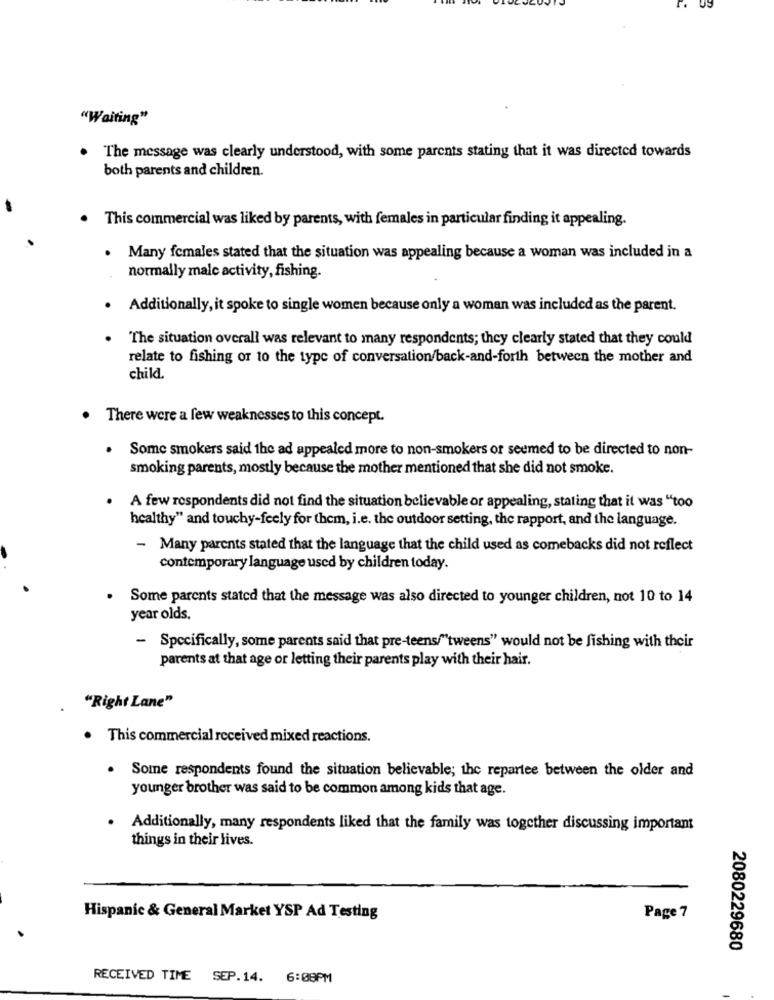
"Waiting"
The message was clearly understood, with some parents stating that it was directed towards
both parents and children.
This commercial was liked by parents, with females in particular finding it appealing.
. Many females stated that the situation was appealing because a woman was included in a
normally male activity, fishing.
. Additionally, it spoke to single women because only a woman was included as the parent.
"The situation overall was relevant to many respondents; they clearly stated that they could
relate to fishing or to the type of conversation/back-and-forth between the mother and
child.
There were a few weaknesses to this concept.
Some smokers said the ad appealed more to non-smokers or seemed to be directed to non-
smoking parents, mostly because the mother mentioned that she did not smoke.
A few respondents did not find the situation believable or appealing, stating that it was "too
healthy" and touchy-feely for them, i.e. the outdoor setting, the rapport, and the language.
- Many parents stated that the language that the child used as comebacks did not reflect
contemporary language used by children today.
Some parents stated that the message was also directed to younger children, not 10 to 14
year olds.
- Specifically, some parents said that pre-teens/"tweens" would not be fishing with their
parents at that age or letting their parents play with their hair.
"Right Lane"
. This commercial received mixed reactions.
. Some respondents found the situation believable; the repartee between the older and
younger brother was said to be common among kids that age.
Additionally, many respondents liked that the family was together discussing important
things in their lives.
Hispanic & General Market YSP Ad Testing
Page 7
2080229680
RECEIVED TIME SEP.14. 6:08PM